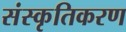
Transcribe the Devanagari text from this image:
संस्‍कृतिकरण